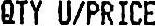
QTY U/PRICE